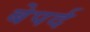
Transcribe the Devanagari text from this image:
बेपर्द